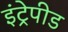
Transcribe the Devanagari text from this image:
इंट्रेपीड